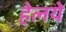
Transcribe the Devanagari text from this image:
हेलये